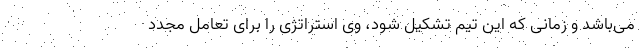
می‌باشد و زمانی که این تیم تشکیل شود، وی استراتژی را برای تعامل مجدد